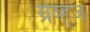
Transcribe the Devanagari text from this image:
ग्रेव्ह्ज